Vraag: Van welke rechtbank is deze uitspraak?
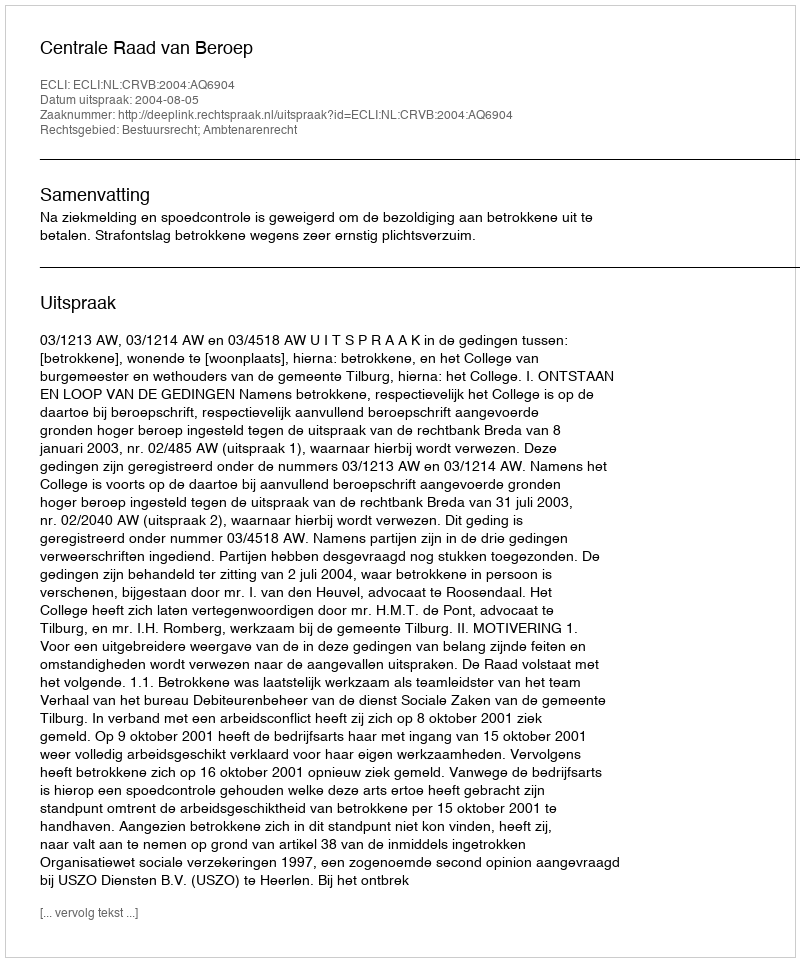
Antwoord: Centrale Raad van Beroep